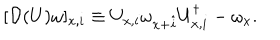
[ { \cal D } ( U ) \omega ] _ { x , i } \equiv U _ { x , i } \omega _ { x + \hat { i } } U _ { x , i } ^ { \dagger } - \omega _ { x } .